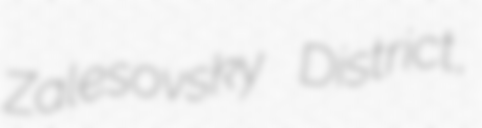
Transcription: Zalesovsky District,